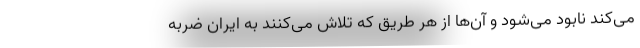
می‌کند نابود می‌شود و آن‌ها از هر طریق که تلاش می‌کنند به ایران ضربه